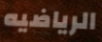
الرياضيه